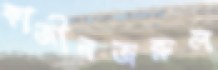
কাজীনজরুল